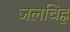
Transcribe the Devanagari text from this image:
जलचिह्न